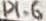
Text: P1.6